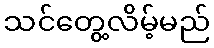
သင်တွေ့လိမ့်မည်